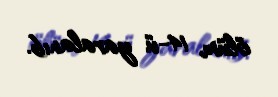
ölüm, 14-ü yaralanıb.